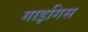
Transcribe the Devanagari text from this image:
गाइगिस